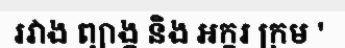
រវាង ព្យាង្គ និង អក្ខរ ក្រម '